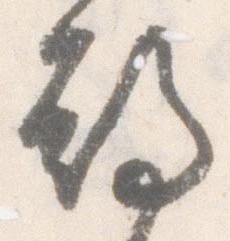
期